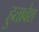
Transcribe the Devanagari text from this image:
हुतावेश